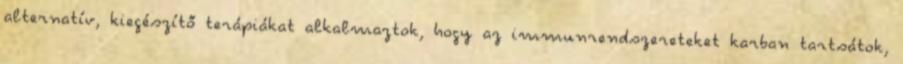
alternatív, kiegészítő terápiákat alkalmaztok, hogy az immunrendszereteket karban tartsátok,